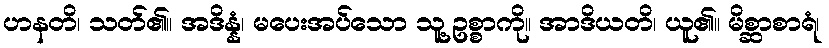
ဟနတိ၊ သတ်၏။ အဒိန္နံ၊ မပေးအပ်သော သူ့ဥစ္စာကို။ အာဒိယတိ၊ ယူ၏။ မိစ္ဆာစာရံ၊